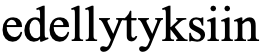
edellytyksiin